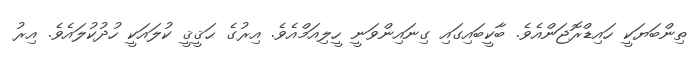
ތިންބަޔަކީ ހައިޑްރޮޖަންއެވެ. ބާކީބައިގައި ގިނައިންވަނީ ހީލިއަމްއެވެ. އިރުގެ ޙަޤީޤީ ކުލައަކީ ހުދުކުލައެވެ. އިރު